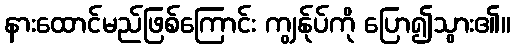
နားထောင်မည်ဖြစ်ကြောင်း ကျွန်ုပ်ကို ပြော၍သွား၏။